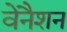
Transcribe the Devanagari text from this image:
वेनैशन